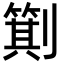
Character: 𪟕